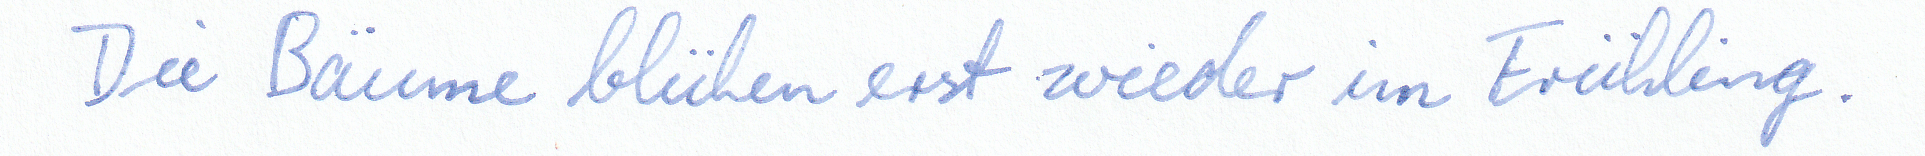
Die Bäume blühen erst wieder im Frühling.